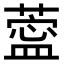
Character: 𦺝